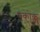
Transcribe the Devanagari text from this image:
पकोक्कु